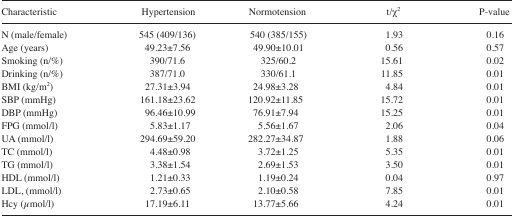
<table><thead><tr><td><b>Characteristic</b></td><td><b>Hypertension</b></td><td><b>Normotension</b></td><td><b>t/χ<sup>2</sup></b></td><td><b>P-value</b></td></tr></thead><tbody><tr><td>N (male/female)</td><td>545 (409/136)</td><td>540 (385/155)</td><td>1.93</td><td>0.16</td></tr><tr><td>Age (years)</td><td>49.23±7.56</td><td>49.90±10.01</td><td>0.56</td><td>0.57</td></tr><tr><td>Smoking (n/%)</td><td>390/71.6</td><td>325/60.2</td><td>15.61</td><td>0.02</td></tr><tr><td>Drinking (n/%)</td><td>387/71.0</td><td>330/61.1</td><td>11.85</td><td>0.01</td></tr><tr><td>BMI (kg/m<sup>2</sup>)</td><td>27.31±3.94</td><td>24.98±3.28</td><td>4.84</td><td>0.01</td></tr><tr><td>SBP (mmHg)</td><td>161.18±23.62</td><td>120.92±11.85</td><td>15.72</td><td>0.01</td></tr><tr><td>DBP (mmHg)</td><td>96.46±10.99</td><td>76.91±7.94</td><td>15.25</td><td>0.01</td></tr><tr><td>FPG (mmol/l)</td><td>5.83±1.17</td><td>5.56±1.67</td><td>2.06</td><td>0.04</td></tr><tr><td>UA (mmol/l)</td><td>294.69±59.20</td><td>282.27±34.87</td><td>1.88</td><td>0.06</td></tr><tr><td>TC (mmol/l)</td><td>4.48±0.98</td><td>3.72±1.25</td><td>5.35</td><td>0.01</td></tr><tr><td>TG (mmol/l)</td><td>3.38±1.54</td><td>2.69±1.53</td><td>3.50</td><td>0.01</td></tr><tr><td>HDL (mmol/l)</td><td>1.21±0.33</td><td>1.19±0.24</td><td>0.04</td><td>0.97</td></tr><tr><td>LDL, (mmol/l)</td><td>2.73±0.65</td><td>2.10±0.58</td><td>7.85</td><td>0.01</td></tr><tr><td>Hcy (μmol/l)</td><td>17.19±6.11</td><td>13.77±5.66</td><td>4.24</td><td>0.01</td></tr></tbody></table>